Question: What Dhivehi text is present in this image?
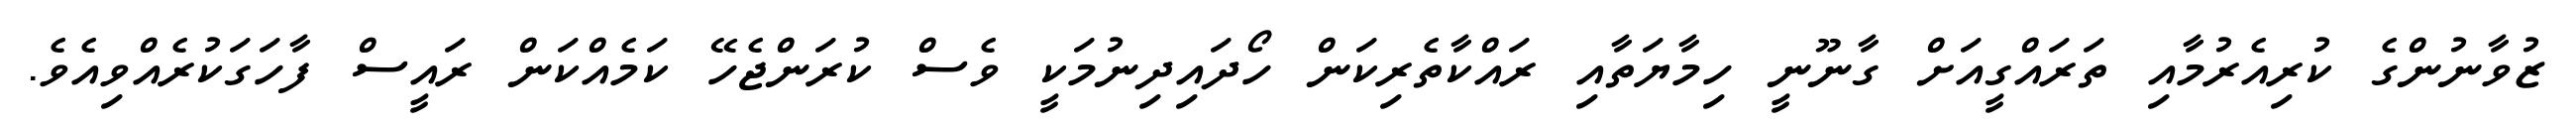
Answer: ޒުވާނުންގެ ކުރިއެރުމާއި ތަރައްގީއަށް ގާނޫނީ ހިމާޔަތާއި ރައްކާތެރިކަން ހޯދައިދިނުމަކީ ވެސް ކުރަންޖެހޭ ކަމެއްކަން ރައީސް ފާހަގަކުރެއްވިއެވެ.